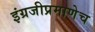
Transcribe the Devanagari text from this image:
इंग्रजीप्रमाणेच